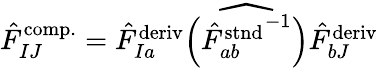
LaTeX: \begin{array}{r}{\hat{F}_{IJ}^{\mathrm{comp.}}=\hat{F}_{Ia}^{\mathrm{deriv}}\widehat{\left(\left.\hat{F}_{ab}^{\mathrm{stnd}}\right.^{-1}\right)}\hat{F}_{bJ}^{\mathrm{deriv}}}\end{array}